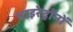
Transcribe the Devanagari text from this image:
थाइरेट्रॉनों